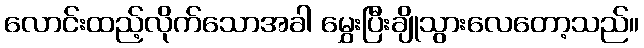
လောင်းထည့်လိုက်သောအခါ မွှေးပြီးချိုသွားလေတော့သည်။